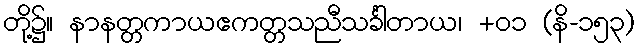
တို့၌။ နာနတ္တကာယဧကတ္တသညီသင်္ခါတာယ၊ +၀၁ (နိ-၁၅၃)